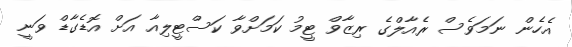
އެހެން ނަމަވެސް ރެއާލްގެ ރިޒާވް ޓީމު ކަމަށްވާ ކަސްޓީލިއާ އަށް އޮޑެގާޑް ވަނީ